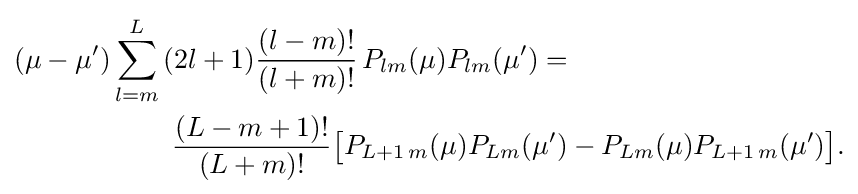
{\begin{aligned}(\mu -\mu ')\sum _{l=m}^{L}\,(2l+1){\frac {(l-m)!}{(l+m)!}}\,P_{lm}(\mu )P_{lm}(\mu ')=\qquad \qquad \qquad \qquad \qquad \\{\frac {(L-m+1)!}{(L+m)!}}{\big [}P_{L+1\,m}(\mu )P_{Lm}(\mu ')-P_{Lm}(\mu )P_{L+1\,m}(\mu '){\big ]}.\end{aligned}}